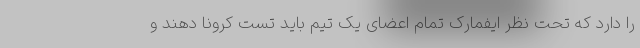
را دارد که تحت نظر ایفمارک تمام اعضای یک تیم باید تست کرونا دهند و